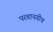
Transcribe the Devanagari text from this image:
परवानगीच